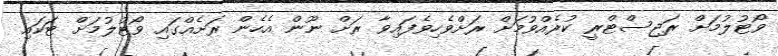
ވޯޓުލުމަށް ރަޖިސްޓްރީ ކުރެއްވުމަށް ރަށްވެހިވެފައިވާ ރަށް ނޫން އެހެން ރަށެއްގައި ވޯޓުލުމަށް ޓަކައި